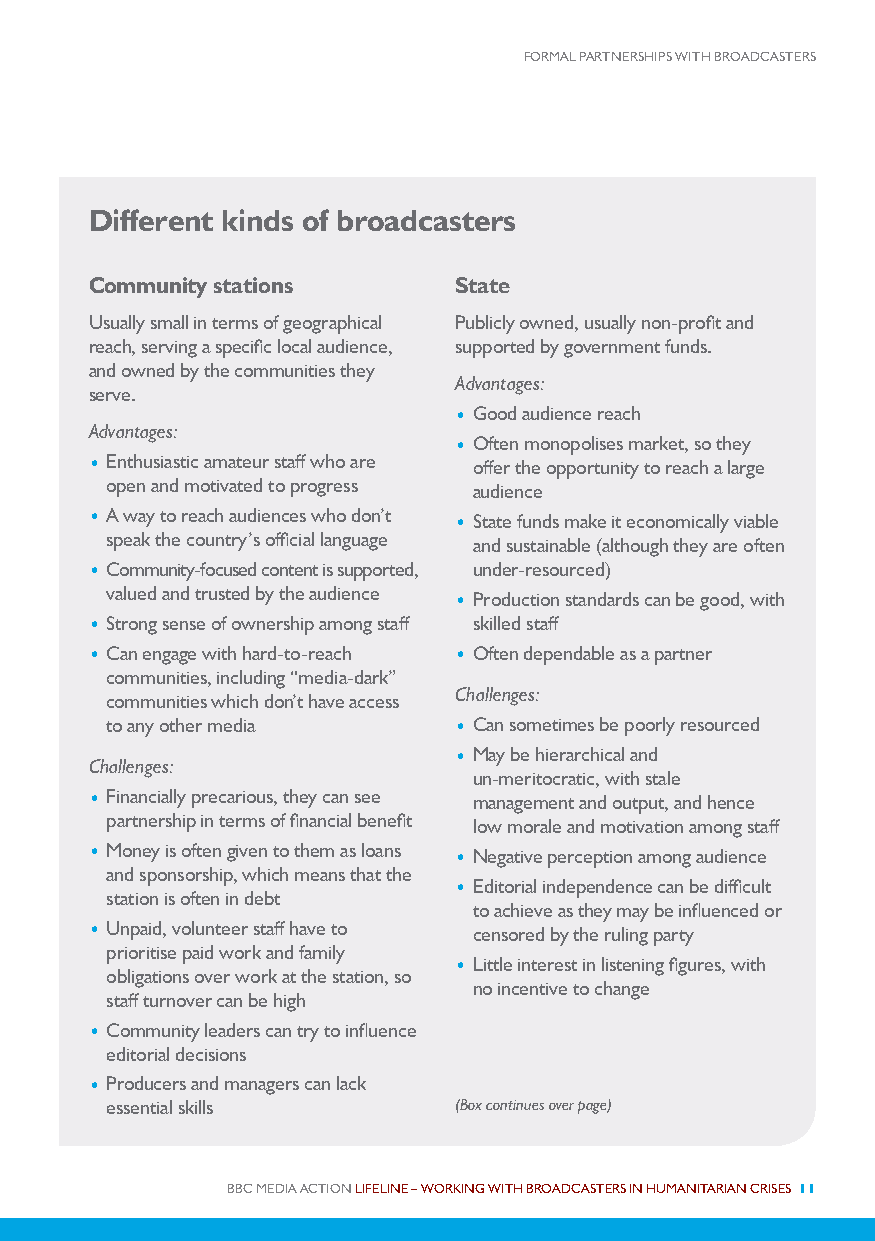
FORMAL PARTNERSHIPS WITH BROADCASTERS
 Different kinds of broadcasters
 Community stations      State
 Usually small in terms of geographical Publicly owned, usually non-profit and
 reach, serving a specific local audience, supported by government funds.
 and owned by the communities they
 Advantages:
 serve.
 • Good audience reach
 Advantages:
 • Often monopolises market, so they
 • Enthusiastic amateur staff who are offer the opportunity to reach a large
 open and motivated to progress audience
 • A way to reach audiences who don’t • State funds make it economically viable
 speak the country’s official language and sustainable (although they are often
 • Community-focused content is supported, under-resourced)
 valued and trusted by the audience • Production standards can be good, with
 • Strong sense of ownership among staff skilled staff
 • Can engage with hard-to-reach • Often dependable as a partner
 communities, including “media-dark”
 Challenges:
 communities which don’t have access
 to any other media     • Can sometimes be poorly resourced
 • May be hierarchical and
 Challenges:
 un-meritocratic, with stale
 • Financially precarious, they can see management and output, and hence
 partnership in terms of financial benefit low morale and motivation among staff
 • Money is often given to them as loans • Negative perception among audience
 and sponsorship, which means that the
 • Editorial independence can be difficult
 station is often in debt
 to achieve as they may be influenced or
 • Unpaid, volunteer staff have to censored by the ruling party
 prioritise paid work and family
 • Little interest in listening figures, with
 obligations over work at the station, so
 no incentive to change
 staff turnover can be high
 • Community leaders can try to influence
 editorial decisions
 • Producers and managers can lack
 essential skills       (Box continues over page)
 BBC MEDIA ACTION LIFELINE – WORKING WITH BROADCASTERS IN HUMANITARIAN CRISES 11